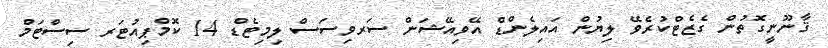
ޤާނޫނީގޮތުން ގެޒެޓްކުރެވޭ ލިޔުން އައިލެންޑް އޭވިއޭޝަން ސަރވިސަސް ލިމިޓެޑް 14 ކޮމްޕިއުޓަރ ސިސްޓަމް